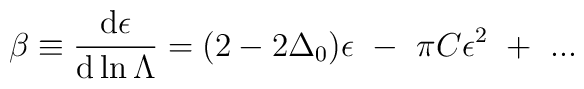
\beta\equiv{\mbox{d}\epsilon\over\mbox{d} \ln \Lambda}=(2-2\Delta_0)\epsilon~-~\pi C\epsilon^2~+~...